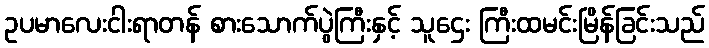
ဥပမာလေးငါးရာတန် စားသောက်ပွဲကြီးနှင့် သူဌေး ကြီးထမင်းမြိန်ခြင်းသည်